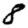
Digit: 8